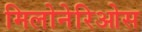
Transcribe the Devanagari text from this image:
मिलोनेरिओस